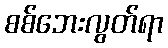
စစ်ဘေးလွတ်ရာ